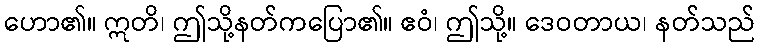
ဟော၏။ ဣတိ၊ ဤသို့နတ်ကပြော၏။ ဧဝံ၊ ဤသို့။ ဒေဝတာယ၊ နတ်သည်